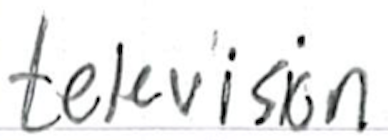
Text: television
Cross-out: clean
Writing tool: ballpoint